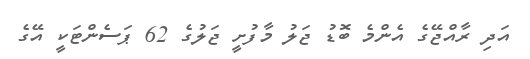
އަދި ރާއްޖޭގެ އެންމެ ބޮޑު ޖަލު މާފުށީ ޖަލުގެ 62 ޕަސެންޓަކީ އޭގެ